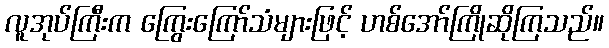
လူအုပ်ကြီးက ကြွေးကြော်သံများဖြင့် ဟစ်အော်ကြိုဆိုကြသည်။